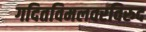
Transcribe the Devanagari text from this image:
गदितविमलवरविरुद